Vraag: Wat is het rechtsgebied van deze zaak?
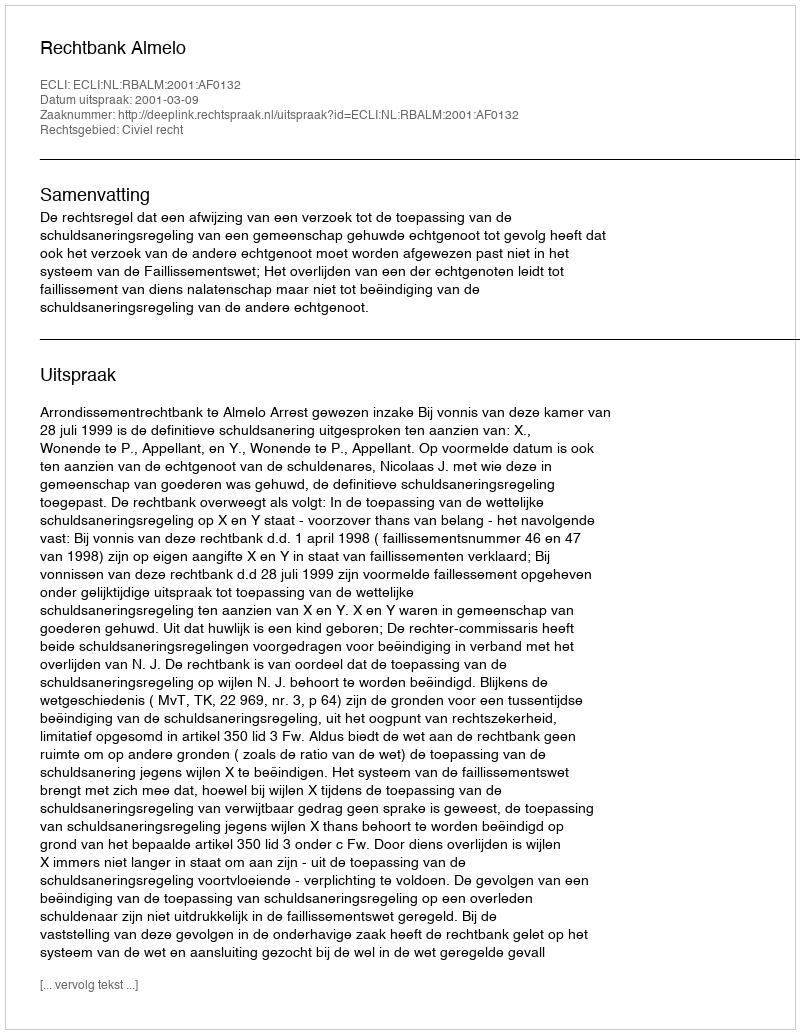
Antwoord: Civiel recht